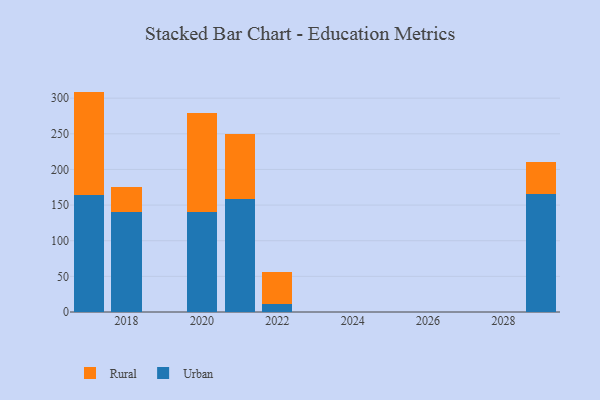
{"axis": {"x": "Year", "y": "Revenue (USD Million)"}, "legend": ["Rural", "Urban"], "data": [{"x": "2022", "y": 10.7, "type": "Urban"}, {"x": "2022", "y": 46.1, "type": "Rural"}, {"x": "2021", "y": 158.7, "type": "Urban"}, {"x": "2021", "y": 90.8, "type": "Rural"}, {"x": "2029", "y": 164.9, "type": "Urban"}, {"x": "2029", "y": 45.7, "type": "Rural"}, {"x": "2017", "y": 164.6, "type": "Urban"}, {"x": "2017", "y": 144.6, "type": "Rural"}, {"x": "2020", "y": 140.0, "type": "Urban"}, {"x": "2020", "y": 139.4, "type": "Rural"}, {"x": "2018", "y": 140.0, "type": "Urban"}, {"x": "2018", "y": 35.7, "type": "Rural"}]}